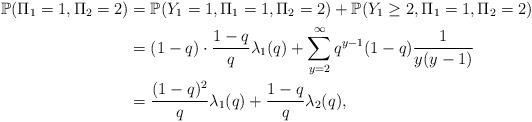
LaTeX: \begin{align*}\mathbb{P}( \Pi_1 = 1, \Pi_2 = 2 ) &= \mathbb{P}(Y_1 = 1, \Pi_1 = 1, \Pi_2 = 2 ) + \mathbb{P}( Y_1 \ge 2 , \Pi_1 = 1, \Pi_2 = 2 ) \\&= (1-q) \cdot \frac{1-q }{q} \lambda_1(q) + \sum_{y=2}^\infty q^{y-1} ( 1-q) \frac{ 1 } { y ( y - 1) }\\&= \frac{(1-q)^2 }{q} \lambda_1(q) + \frac{ 1 - q }{q} \lambda_2(q), \end{align*}